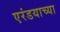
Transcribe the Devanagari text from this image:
एरंडयाच्या